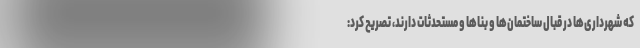
که شهرداری‌ها در قبال ساختمان‌ها و بناها و مستحدثات دارند، تصریح کرد: